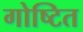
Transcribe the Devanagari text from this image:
गोष्टित